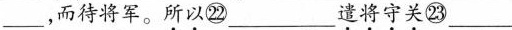
___，而待将军。\underset{·}{所}\underset{·}{以}㉒___\underset{·}{遣}\underset{·}{将}\underset{·}{守}\underset{·}{关}㉓___